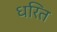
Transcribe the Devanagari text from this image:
धरित